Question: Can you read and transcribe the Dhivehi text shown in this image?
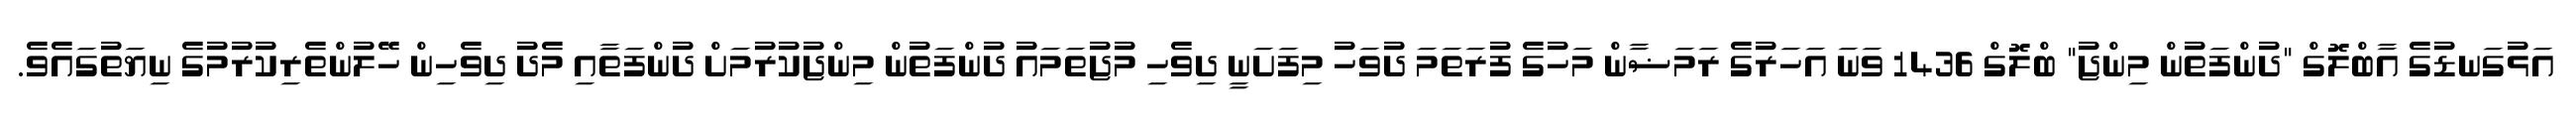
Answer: އަޅުގަނޑުގެ އާބްލޮގް "ދުންފަތުން މިންޖު" ބްލޮގް 1436 ވަނަ އަހަރުގެ ރަމަޟާން މަހުގެ ފުރަތަމަ ދުވަހު މިފަށަނީ ދިވެހި މުޖުތަމައު ދުންފަތުން މިންޖުކުރުމަށް ދުންފަތާއި މެދު ދިވެހިން ހޭލުންތެރިކުރުމުގެ ނިޔަތުގައެވެ.